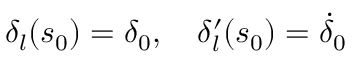
\delta _ { l } ( s _ { 0 } ) = \delta _ { 0 } , \quad \delta _ { l } ^ { \prime } ( s _ { 0 } ) = \dot { \delta } _ { 0 }